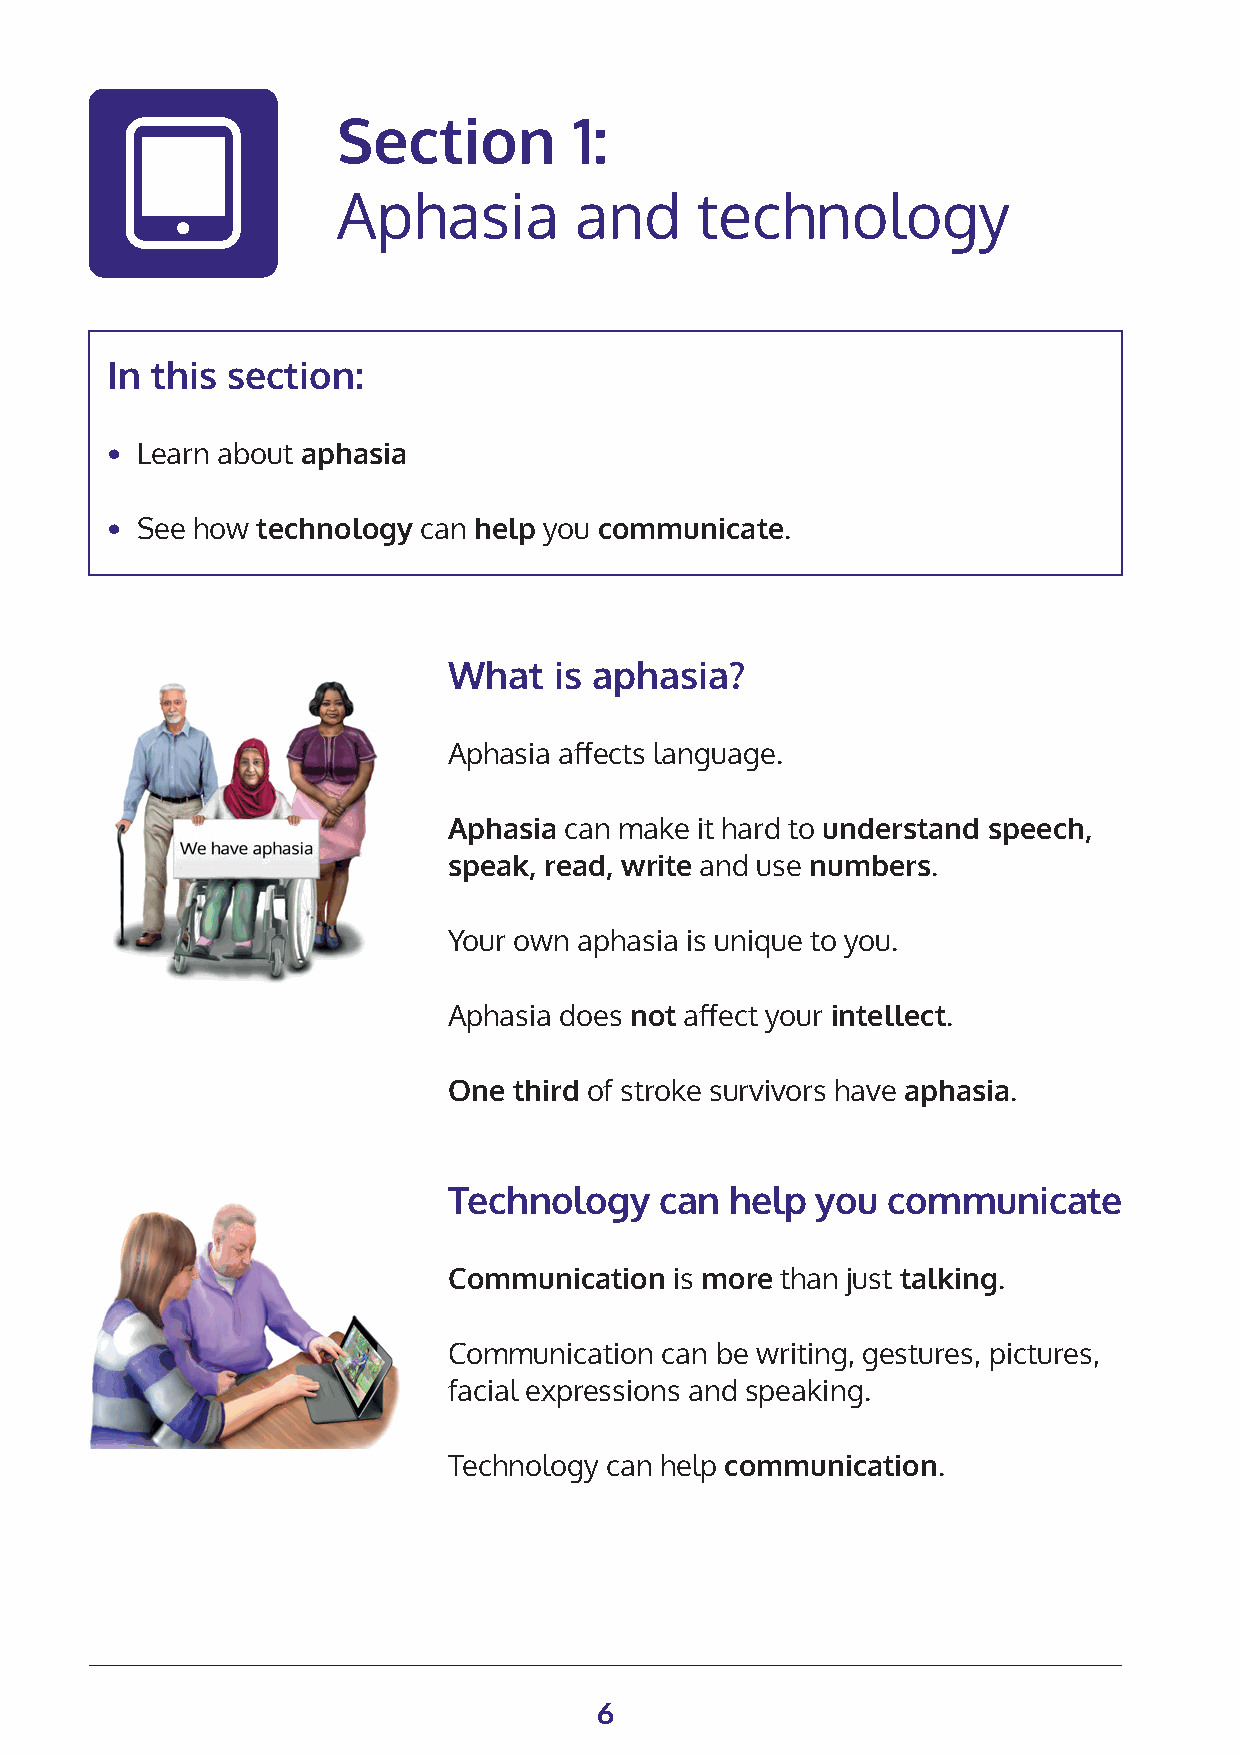
Section         1:
 Aphasia         and     technology
 In this section:
 • Learn about aphasia
 • See how technology can help you communicate.
 What   is aphasia?
 Aphasia affects language.
 Aphasia can make it hard to understand speech,
 speak, read, write and use numbers.
 Your own aphasia is unique to you.
 Aphasia does not affect your intellect.
 One third of stroke survivors have aphasia.
 Technology    can help  you  communicate
 Communication  is more than just talking.
 Communication can be writing, gestures, pictures,
 facial expressions and speaking.
 Technology can help communication.
 6